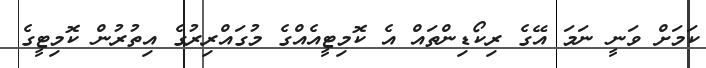
ކަމަށް ވަނީ ނަމަ އޭގެ ރިކޯޑިންތައް އެ ކޮމިޓީއެއްގެ މުގައްރިރުގެ އިތުރުން ކޮމިޓީގެ